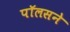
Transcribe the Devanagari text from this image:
पॉलसने